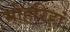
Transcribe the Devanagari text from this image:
मोहरिहां